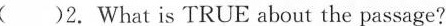
( )2.What is TRUE about the passage?